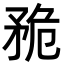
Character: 𥍨